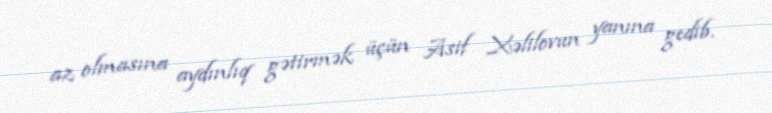
az olmasına aydınlıq gətirmək üçün Asif Xəlilovun yanına gedib.